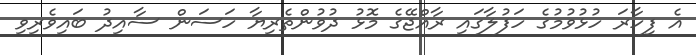
އެ ފިހާރަ ހުޅުވުމުގެ ހަފުލާގައި ރާއްޖޭގެ މޮޅު ދުވުންތެރިޔާ ހަސަން ސާއިދު ބައިވެރިވި